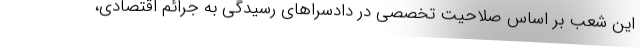
این شعب بر اساس صلاحیت تخصصی در دادسراهای رسیدگی به جرائم اقتصادی،